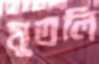
মুতলি